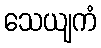
သေယျကံ